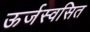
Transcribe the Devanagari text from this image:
ऊर्जस्वसित